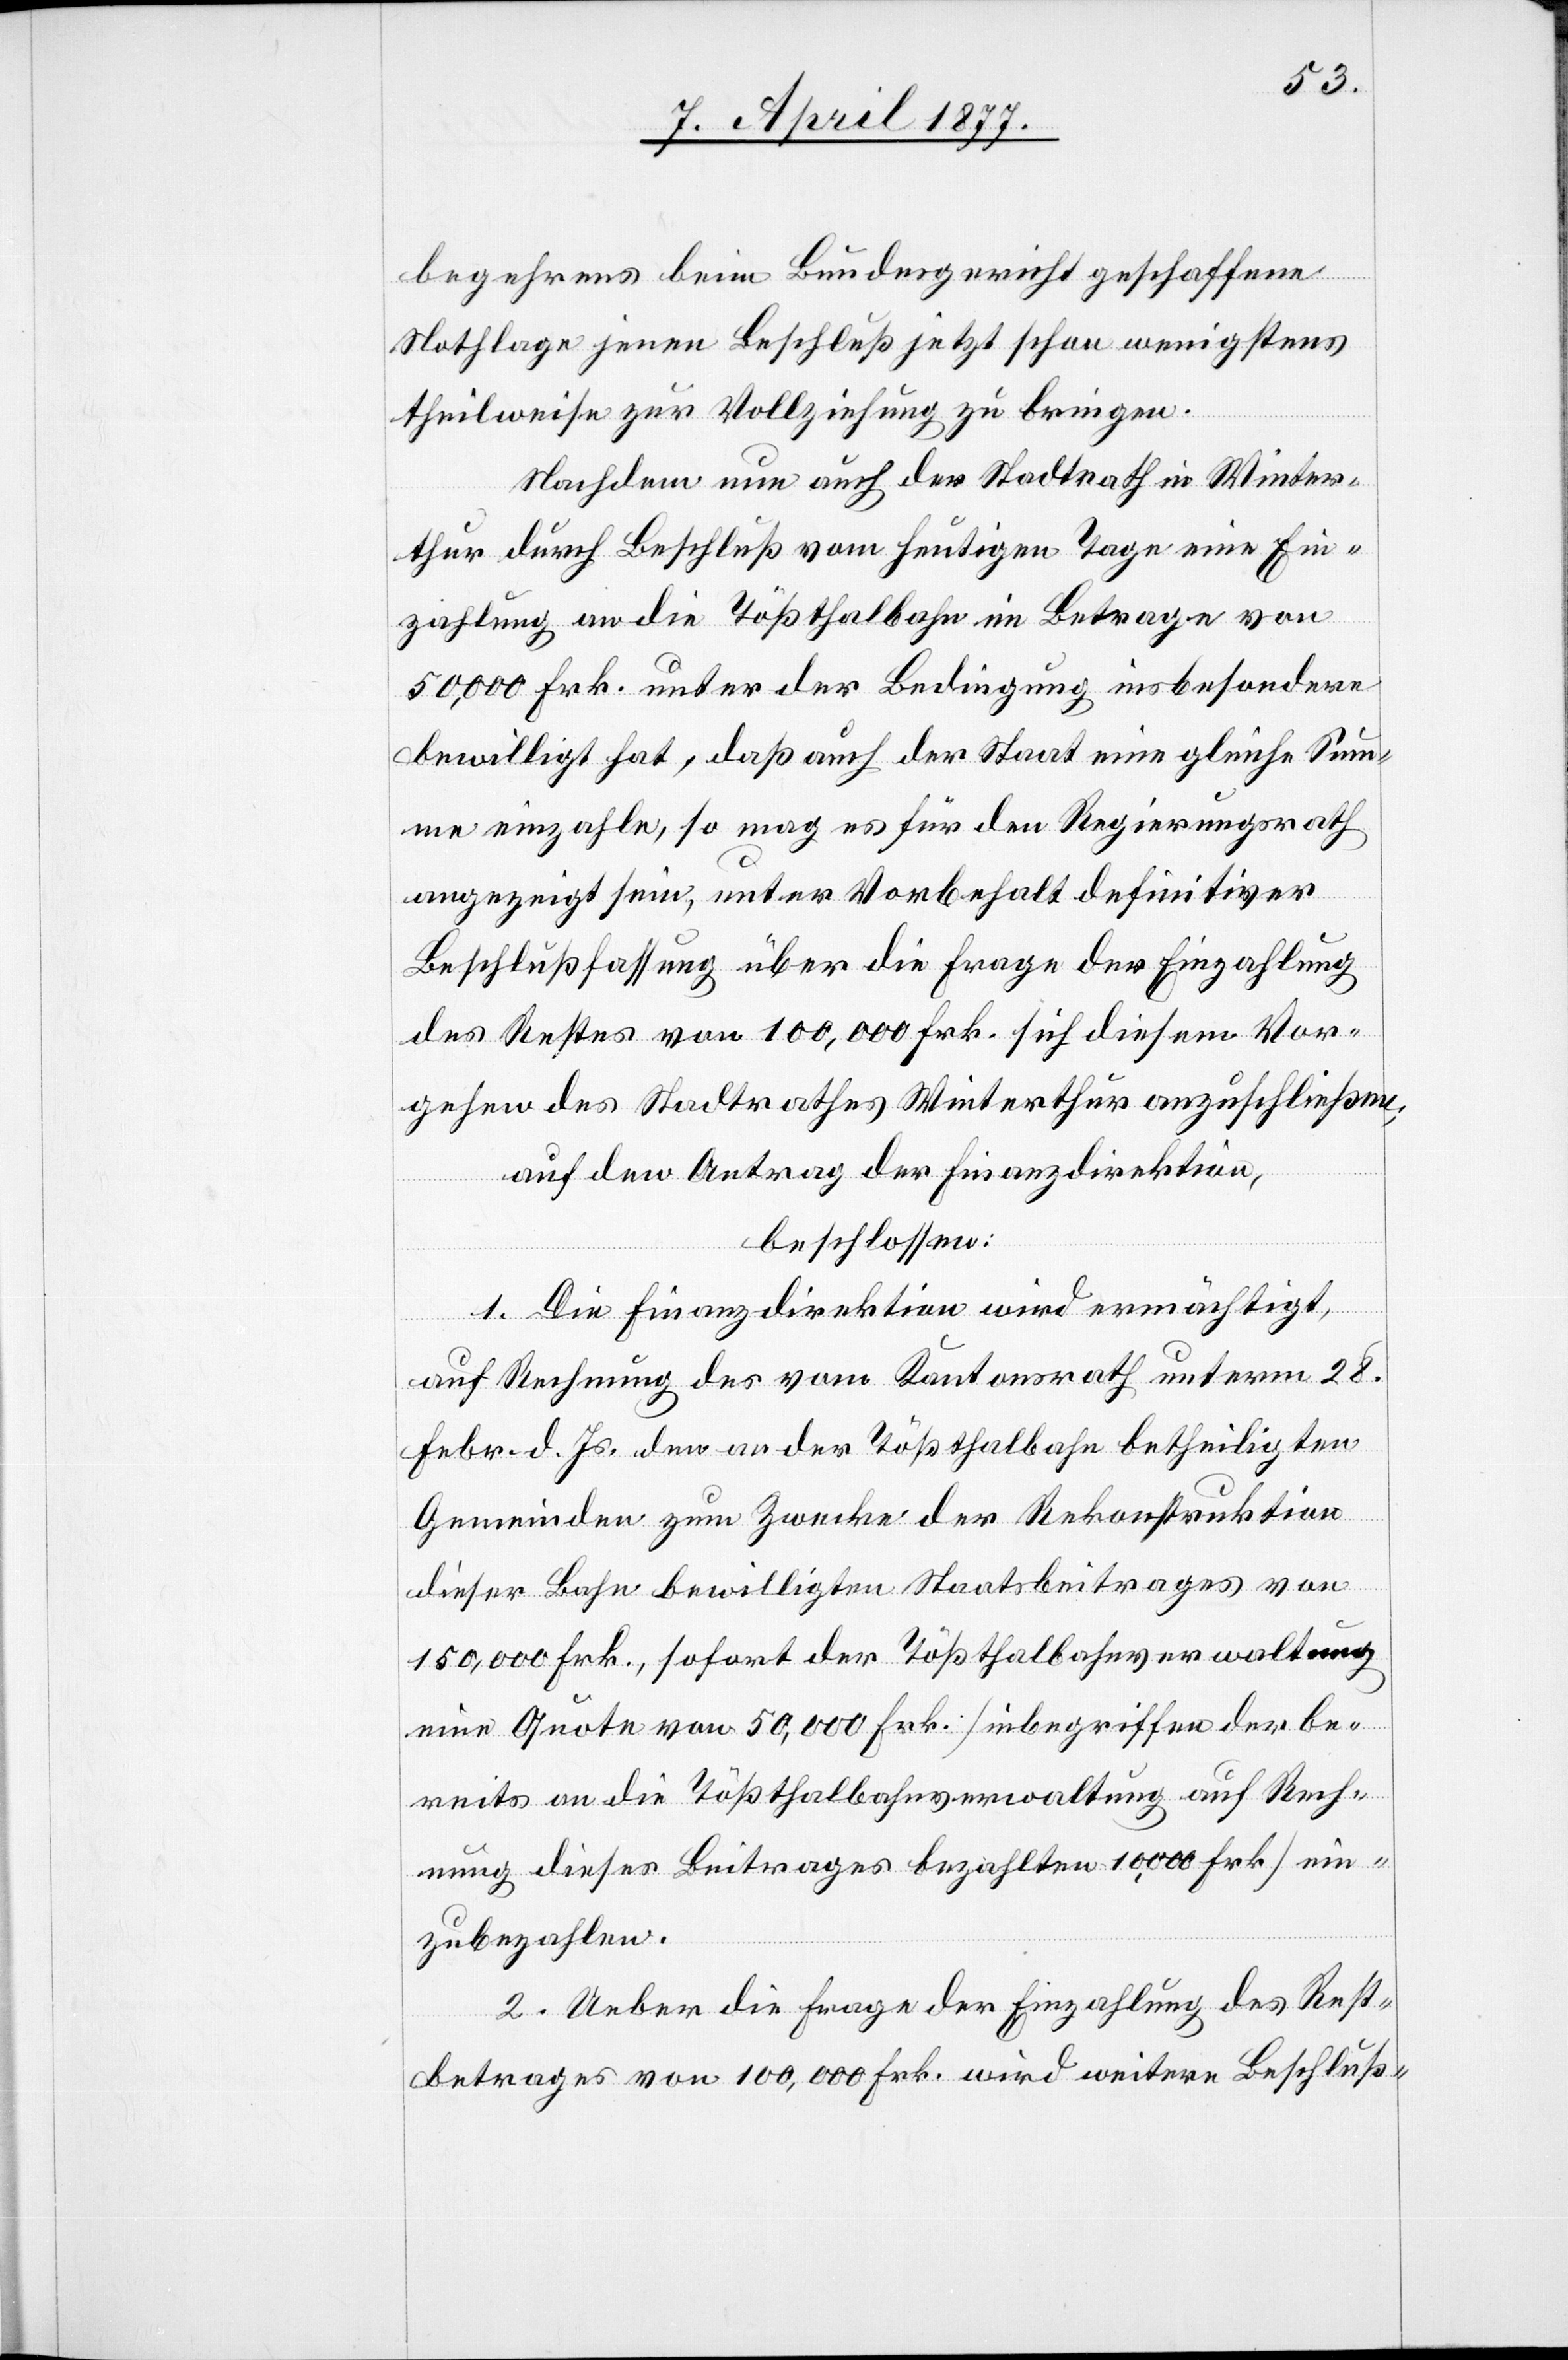
begehrens beim Bundesgericht geschaffene
Nothlage jenen Beschluß jetzt schon wenigstens
theilweise zur Vollziehung zu bringen.
Nachdem nun auch der Stadtrath in Winter¬
thur durch Beschluß vom heutigen Tage eine Ein¬
zahlung an die Tößthalbahn im Betrage von
50,000 Frk. unter der Bedingung insbesondere
bewilligt hat, daß auch der Staat eine gleiche Sum¬
me einzahle, so mag es für den Regierungsrath
angezeigt sein, unter Vorbehalt definitiver
Beschlußfassung über die Frage der Einzahlung
des Restes von 100,000 Frk. sich diesem Vor¬
gehen des Stadtrathes Winterthur anzuschließen;
auf den Antrag der Finanzdirektion,
beschlossen:
1. Die Finanzdirektion wird ermächtigt,
auf Rechnung des vom Kantonsrath unterm 28.
Febr. d. Js. den an der Tößthalbahn betheiligten
Gemeinden zum Zwecke der Rekonstruktion
dieser Bahn bewilligten Staatsbeitrages von
150,000 Frk., sofort der Tößthalbahnverwaltung
eine Quote von 50,000 Frk [inbegriffen der be¬
reits an die Tößthalbahnverwaltung auf Rech¬
nung dieses Beitrages bezahlten 10,000 Frk] ein¬
zubezahlen.
2. Ueber die Frage der Einzahlung des Rest¬
betrages von 100,000 Frk. wird weitere Beschluß-